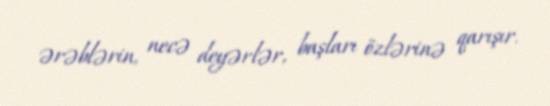
ərəblərin, necə deyərlər, başları özlərinə qarışır.